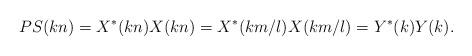
LaTeX: \begin{align*} PS(kn) = X^* (kn)X(kn) = X^* (km/l)X(km/l) = Y^* (k)Y(k). \end{align*}